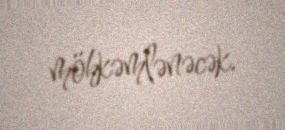
möhkəmlənəcək.